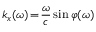
k _ { x } ( \omega ) \! = \! \frac { \omega } { c } \sin { \varphi ( \omega ) }